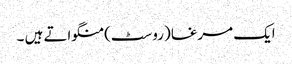
ایک مرغا (روسٹ) منگواتے ہیں ۔